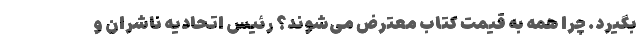
بگیرد. چرا همه به قیمت کتاب معترض می‌شوند؟ رئیس اتحادیه ناشران و